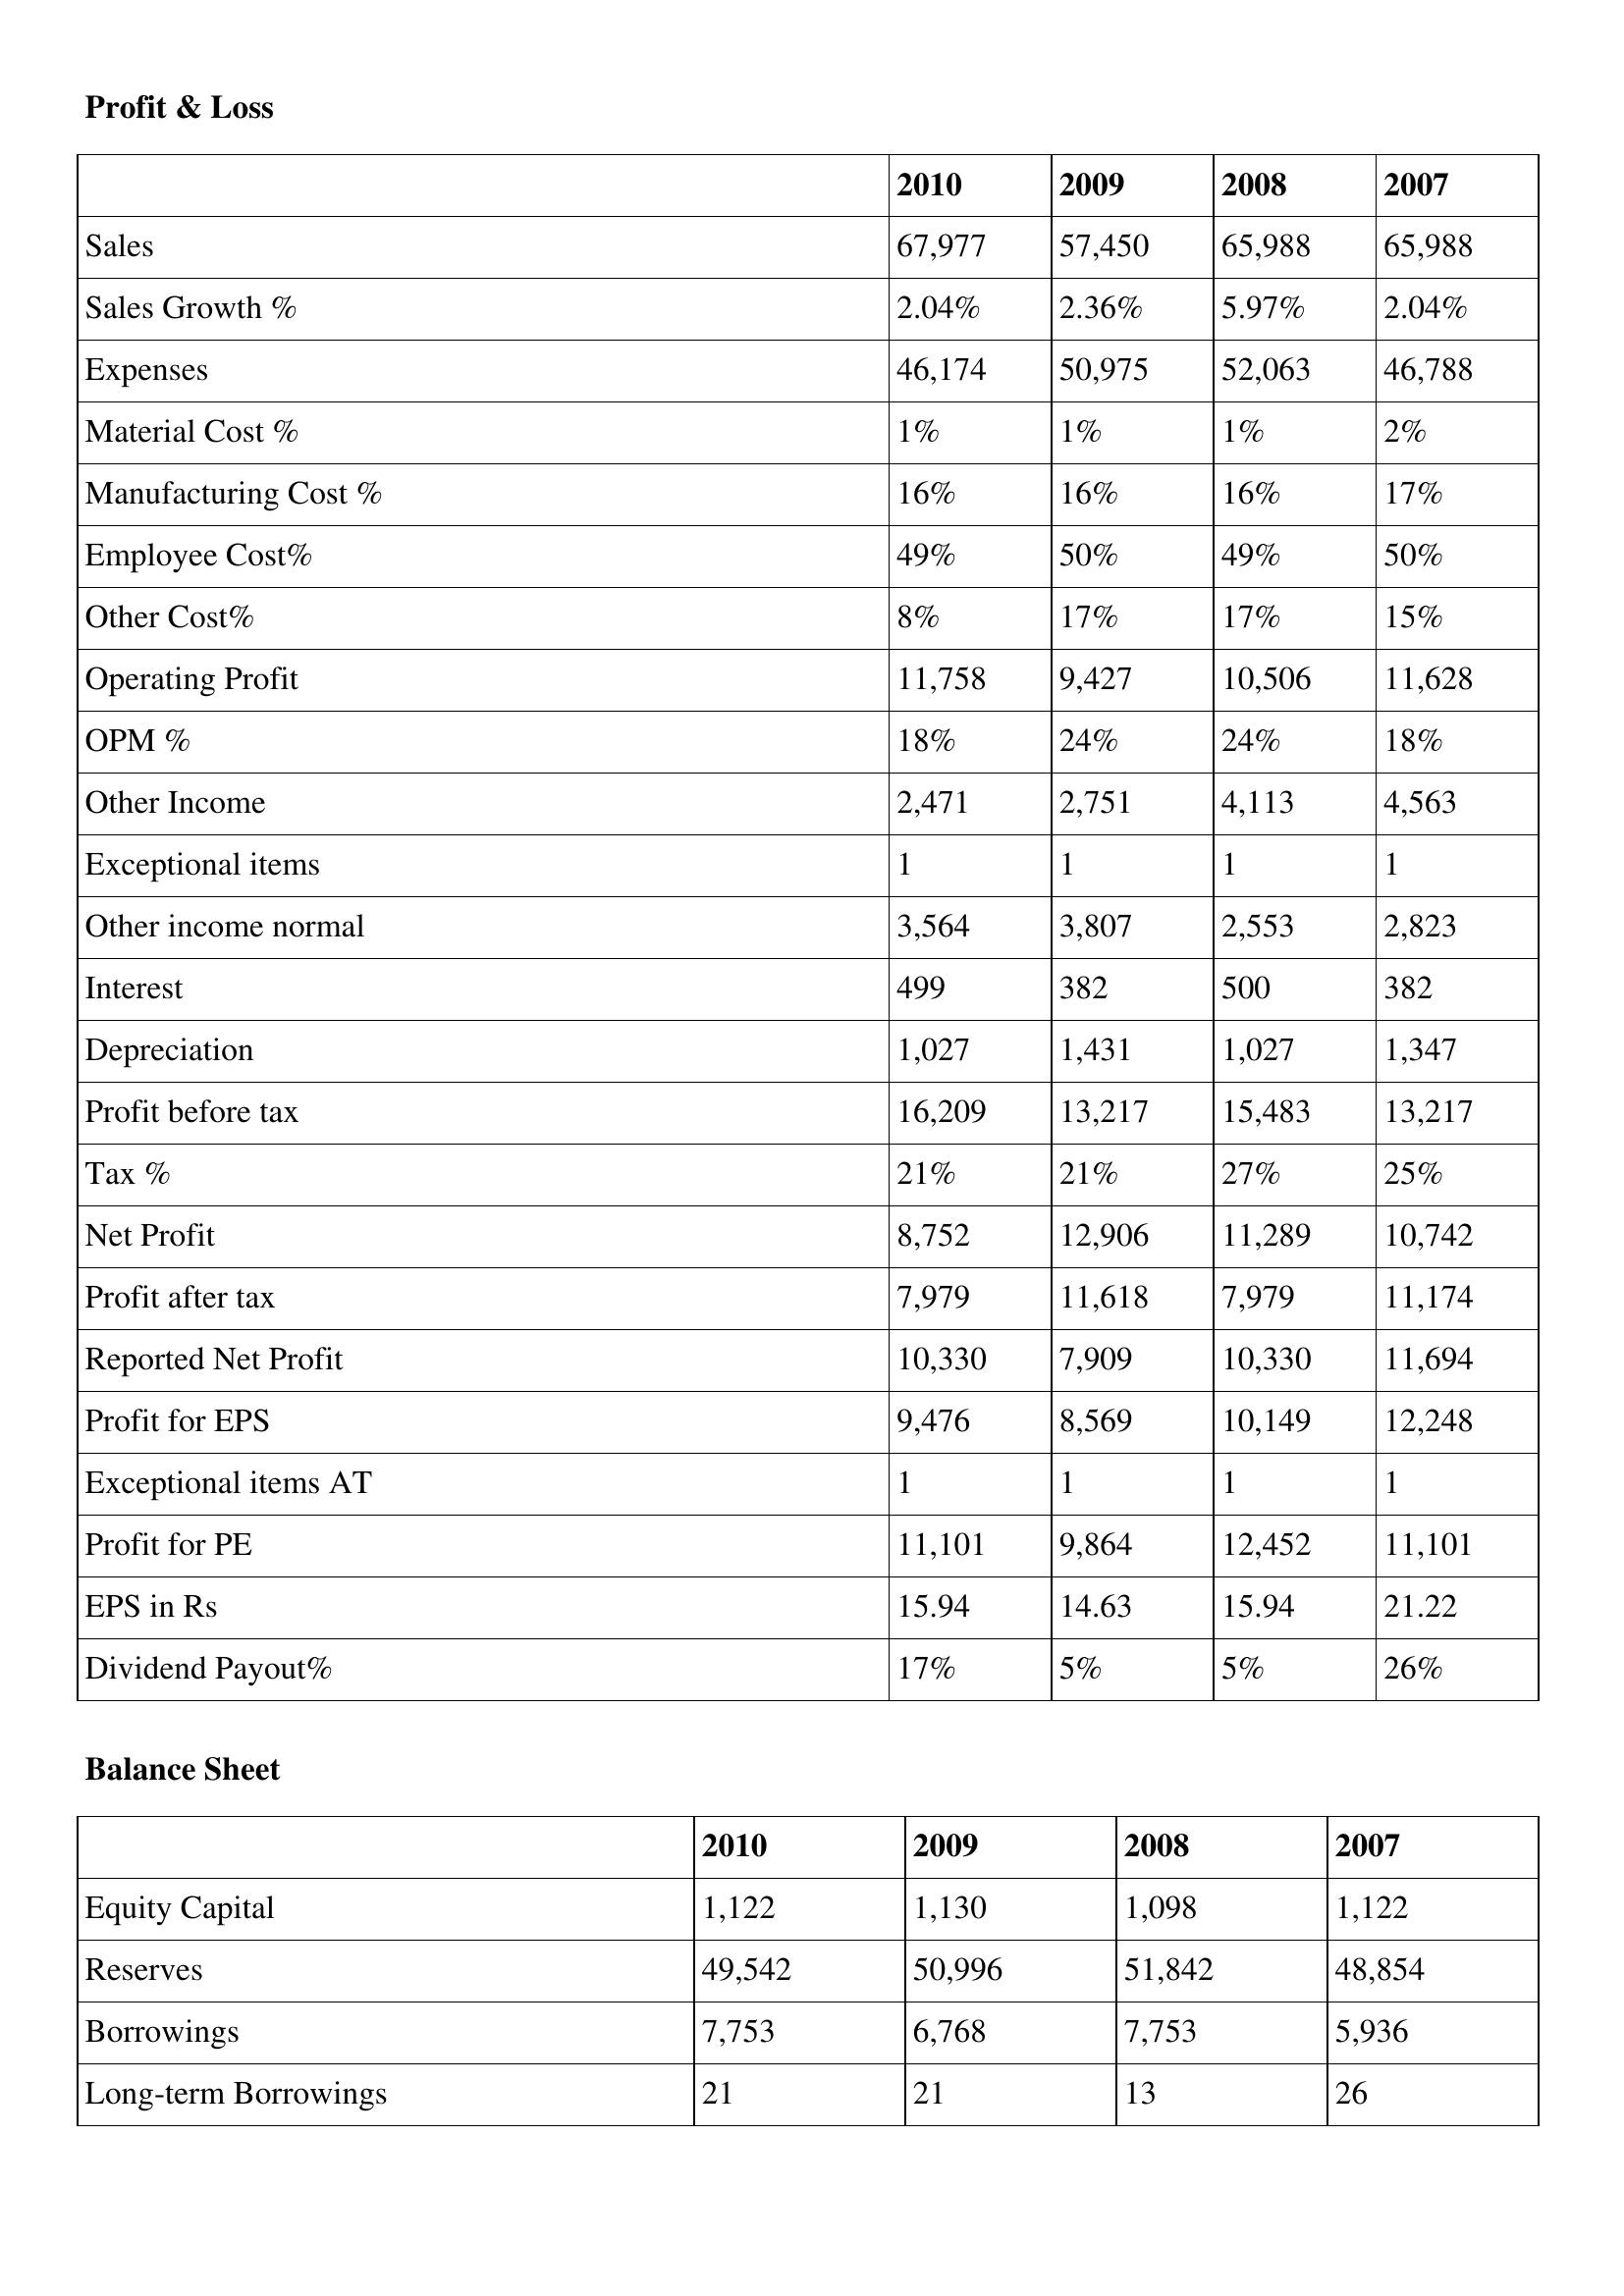
gt_parse: 2010: Profit & Loss: Sales: 67,977
Sales Growth %: 2.04%
Expenses: 46,174
Material Cost %: 1%
Manufacturing Cost %: 16%
Employee Cost%: 49%
Other Cost%: 8%
Operating Profit: 11,758
OPM %: 18%
Other Income: 2,471
Exceptional items: 1
Other income normal: 3,564
Interest: 499
Depreciation: 1,027
Profit before tax: 16,209
Tax %: 21%
Net Profit: 8,752
Profit after tax: 7,979
Reported Net Profit: 10,330
Profit for EPS: 9,476
Exceptional items AT: 1
Profit for PE: 11,101
EPS in Rs: 15.94
Dividend Payout%: 17%
Balance Sheet: Equity Capital: 1,122
Reserves: 49,542
Borrowings: 7,753
Long-term Borrowings: 21
2009: Profit & Loss: Sales: 57,450
Sales Growth %: 2.36%
Expenses: 50,975
Material Cost %: 1%
Manufacturing Cost %: 16%
Employee Cost%: 50%
Other Cost%: 17%
Operating Profit: 9,427
OPM %: 24%
Other Income: 2,751
Exceptional items: 1
Other income normal: 3,807
Interest: 382
Depreciation: 1,431
Profit before tax: 13,217
Tax %: 21%
Net Profit: 12,906
Profit after tax: 11,618
Reported Net Profit: 7,909
Profit for EPS: 8,569
Exceptional items AT: 1
Profit for PE: 9,864
EPS in Rs: 14.63
Dividend Payout%: 5%
Balance Sheet: Equity Capital: 1,130
Reserves: 50,996
Borrowings: 6,768
Long-term Borrowings: 21
2008: Profit & Loss: Sales: 65,988
Sales Growth %: 5.97%
Expenses: 52,063
Material Cost %: 1%
Manufacturing Cost %: 16%
Employee Cost%: 49%
Other Cost%: 17%
Operating Profit: 10,506
OPM %: 24%
Other Income: 4,113
Exceptional items: 1
Other income normal: 2,553
Interest: 500
Depreciation: 1,027
Profit before tax: 15,483
Tax %: 27%
Net Profit: 11,289
Profit after tax: 7,979
Reported Net Profit: 10,330
Profit for EPS: 10,149
Exceptional items AT: 1
Profit for PE: 12,452
EPS in Rs: 15.94
Dividend Payout%: 5%
Balance Sheet: Equity Capital: 1,098
Reserves: 51,842
Borrowings: 7,753
Long-term Borrowings: 13
2007: Profit & Loss: Sales: 65,988
Sales Growth %: 2.04%
Expenses: 46,788
Material Cost %: 2%
Manufacturing Cost %: 17%
Employee Cost%: 50%
Other Cost%: 15%
Operating Profit: 11,628
OPM %: 18%
Other Income: 4,563
Exceptional items: 1
Other income normal: 2,823
Interest: 382
Depreciation: 1,347
Profit before tax: 13,217
Tax %: 25%
Net Profit: 10,742
Profit after tax: 11,174
Reported Net Profit: 11,694
Profit for EPS: 12,248
Exceptional items AT: 1
Profit for PE: 11,101
EPS in Rs: 21.22
Dividend Payout%: 26%
Balance Sheet: Equity Capital: 1,122
Reserves: 48,854
Borrowings: 5,936
Long-term Borrowings: 26